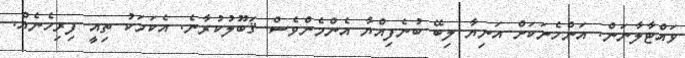
ވައްޓާލާނަން. އަންހެނަކަށް އަނިޔާ ލިބޭ ބުނެފިއްޔާ އެންމެންވެސް ޤަބޫލުކުރާނެ. އެކަމަކު ތިއީ ފިރިހެނެއް.